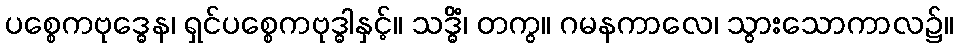
ပစ္စေကဗုဒ္ဓေန၊ ရှင်ပစ္စေကဗုဒ္ဓါနှင့်။ သဒ္ဓိံ၊ တကွ။ ဂမနကာလေ၊ သွားသောကာလ၌။